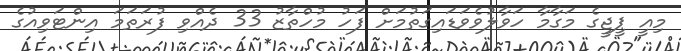
މިއީ ޕީޖީގެ މަގާމާ ހަވާލުވެވަޑައިގަތުމަށް ފަހު މުހްތާޒު 33 ދެއްވި ފުރަތަމަ އިންޓަވިއުގެ